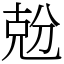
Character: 兝